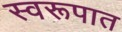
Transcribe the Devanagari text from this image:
स्‍वरूपात